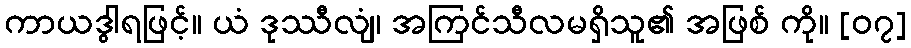
ကာယဒွါရဖြင့်။ ယံ ဒုဿီလျံ၊ အကြင်သီလမရှိသူ၏ အဖြစ် ကို။ [၀၇]